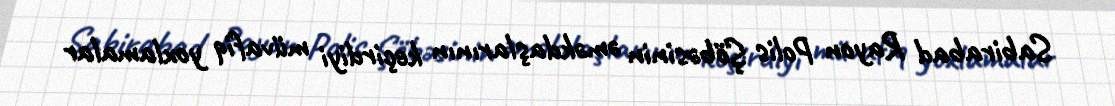
Sabirabad Rayon Polis Şöbəsinin əməkdaşlarının keçirdiyi müvafiq yoxlamalar